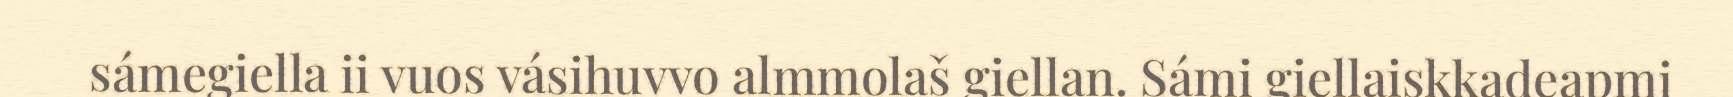
sámegiella ii vuos vásihuvvo almmolaš giellan. Sámi giellaiskkadeapmi